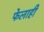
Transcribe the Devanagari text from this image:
फेलाही